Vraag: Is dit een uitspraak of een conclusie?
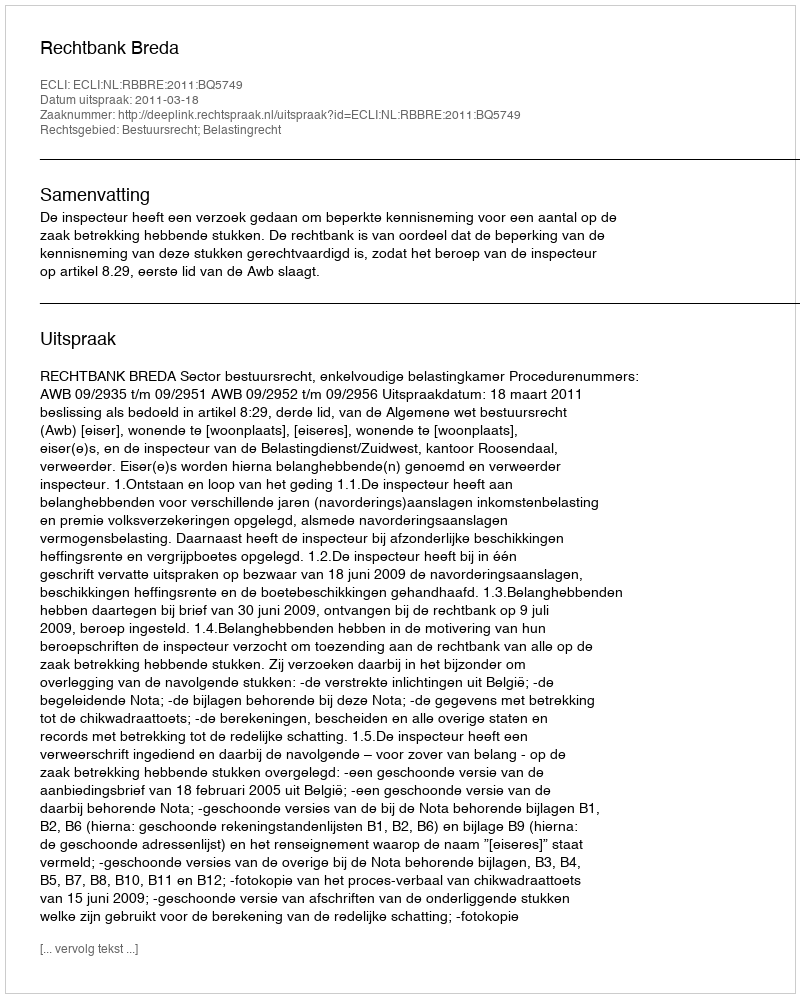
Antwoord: Uitspraak